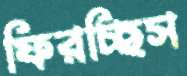
ফিরচ্ছিস